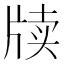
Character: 牍